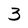
Character: 3